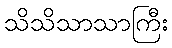
သိသိသာသာကြီး